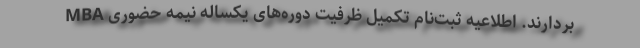
بردارند. اطلاعیه ثبت‌نام تکمیل ظرفیت دوره‌های یکساله نیمه حضوری MBA